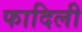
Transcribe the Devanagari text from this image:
फादिली